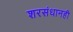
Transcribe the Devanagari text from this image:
शरसंधानही